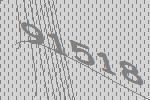
91518